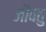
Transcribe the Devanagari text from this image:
जीवतु